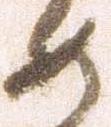
如